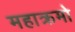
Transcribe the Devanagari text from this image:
महाक्रमो